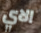
الاي